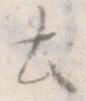
と